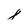
Character: 8